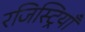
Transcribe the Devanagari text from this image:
रजिस्ट्रियाँ